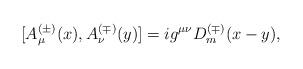
LaTeX: \begin{align*}[A_\mu^{(\pm)}(x),A_\nu^{(\mp)}(y)]=ig^{\mu \nu} D_m^{(\mp)}(x-y),\end{align*}